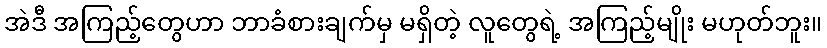
အဲဒီ အကြည့်တွေဟာ ဘာခံစားချက်မှ မရှိတဲ့ လူတွေရဲ့ အကြည့်မျိုး မဟုတ်ဘူး။